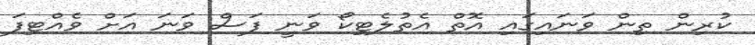
ކުރިން ތިން ވަނައިގައި އޮތް އެތުލެޓިކޯ ވަނީ ފަސް ވަނަ އަށް ވެއްޓިފަ